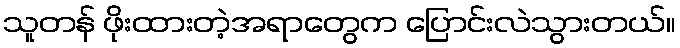
သူတန် ဖိုးထားတဲ့အရာတွေက ပြောင်းလဲသွားတယ်။